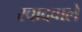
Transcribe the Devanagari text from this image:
स्वादवाले